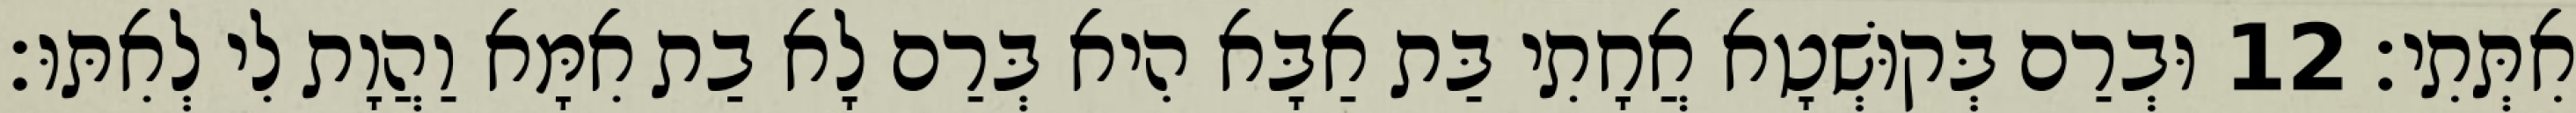
אִתְּתִי׃ 12 וּבְרַם בְּקוּשְׁטָא אֲחָתִי בַּת אַבָּא הִיא בְּרַם לָא בַת אִמָּא וַהֲוָת לִי לְאִתּוּ׃